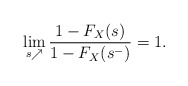
\begin{align*} \lim_{s\nearrow}\frac{1-F_X(s)}{1-F_X(s^-)}=1. \end{align*}